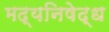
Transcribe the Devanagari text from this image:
मद्यनिषेद्ध